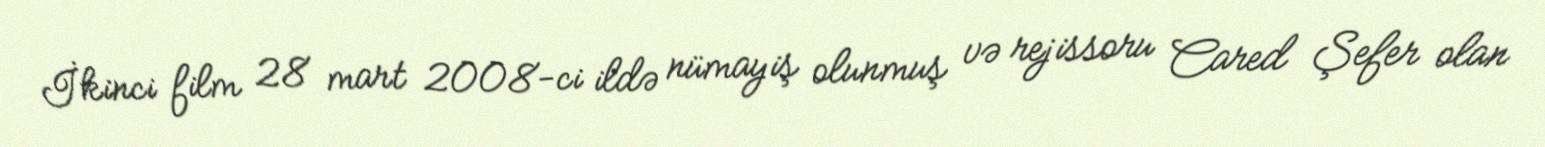
İkinci film 28 mart 2008-ci ildə nümayiş olunmuş və rejissoru Cared Şefer olan